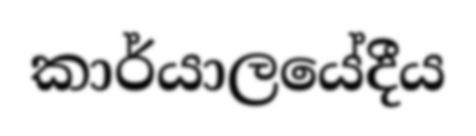
කාර්යාලයේදීය